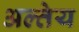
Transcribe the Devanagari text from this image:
अल्तेय